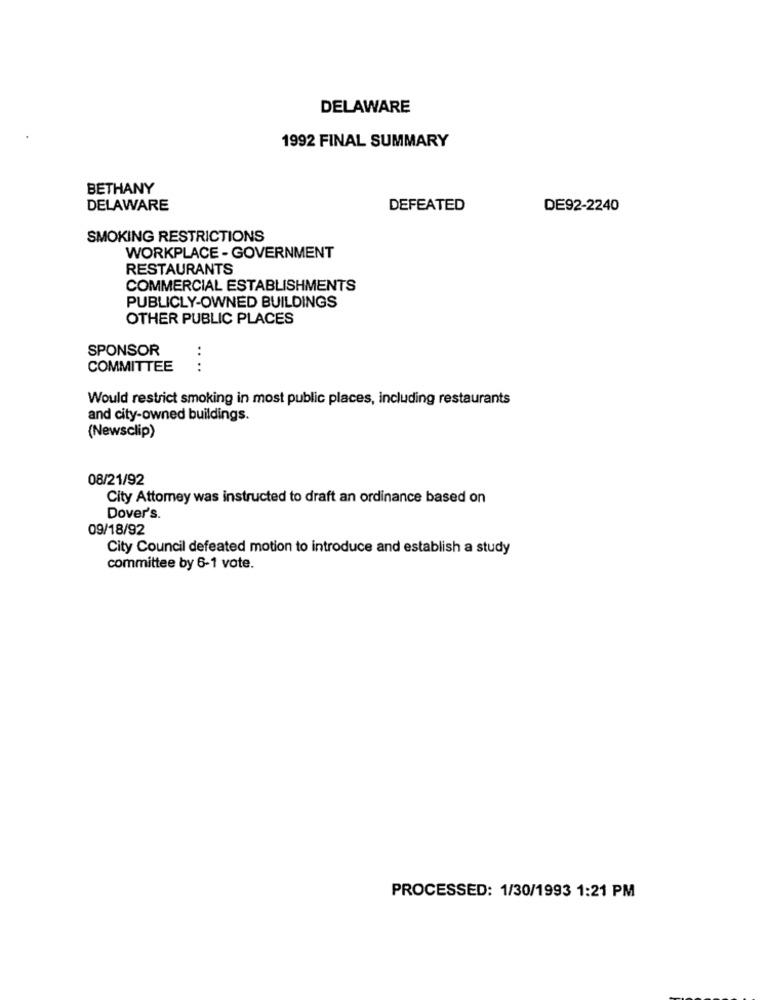
DELAWARE
1992 FINAL SUMMARY
BETHANY
DELAWARE
DEFEATED
DE92-2240
SMOKING RESTRICTIONS
WORKPLACE - GOVERNMENT
RESTAURANTS
COMMERCIAL ESTABLISHMENTS
PUBLICLY-OWNED BUILDINGS
OTHER PUBLIC PLACES
SPONSOR
COMMITTEE
....
Would restrict smoking in most public places, including restaurants
and city-owned buildings.
(Newsclip)
08/21/92
City Attomey was instructed to draft an ordinance based on
Dover's.
09/18/92
City Council defeated motion to introduce and establish a study
committee by 6-1 vote.
PROCESSED: 1/30/1993 1:21 PM